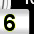
Digit: 6